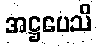
အဋ္ဌပေသိ